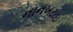
નાનખટાઇ